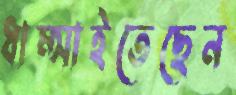
ধাম্‌সাইতেছেন